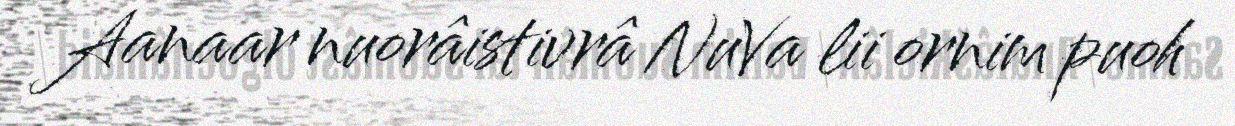
Aanaar nuorâistivrâ NuVa lii ornim puoh